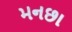
મનછા